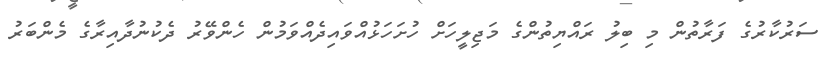
ސަރުކާރުގެ ފަރާތުން މި ބިލު ރައްޔިތުންގެ މަޖިލީހަށް ހުށަހަޅުއްވައިދެއްވަމުން ހެންވޭރު ދެކުނުދާއިރާގެ މެންބަރު